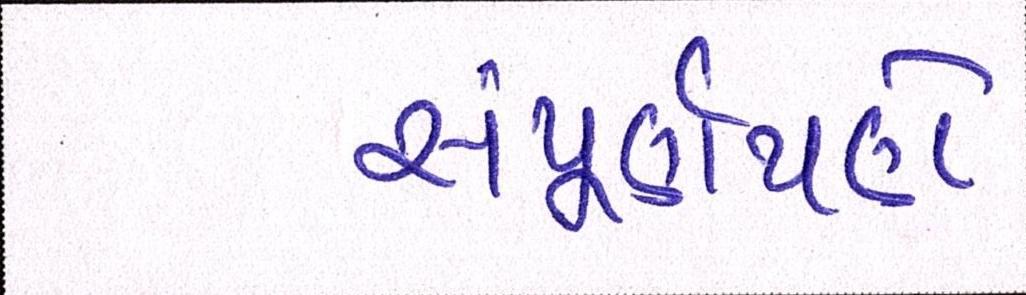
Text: સંપૂર્ણપણે